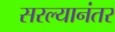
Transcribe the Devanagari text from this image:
सरल्यानंतर